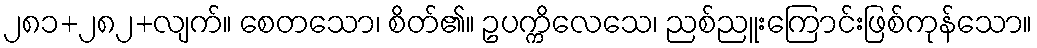
၂၈၁+၂၈၂+လျက်။ စေတသော၊ စိတ်၏။ ဥပက္ကိလေသေ၊ ညစ်ညူးကြောင်းဖြစ်ကုန်သော။